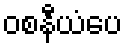
ဝစနီယံပေ